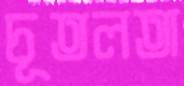
চূতলতা